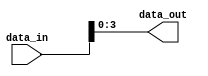
module part_select_example (
    input [7:0] data_in,
    output [3:0] data_out
);

assign data_out = data_in[3:0]; // Selecting bits [3:0] from data_in and assigning to data_out

endmodule